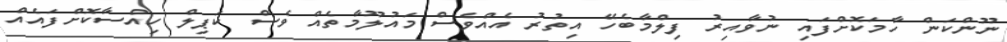
ނޫންކަން ހާމަކޮށްފައި ނުވާއިރު ފިލްމާބެހޭ އިތުރު އެއްވެސް މައުލޫމާތެއް ވެސް ކަޕިލް ހިއްސާކޮށްފައެއް